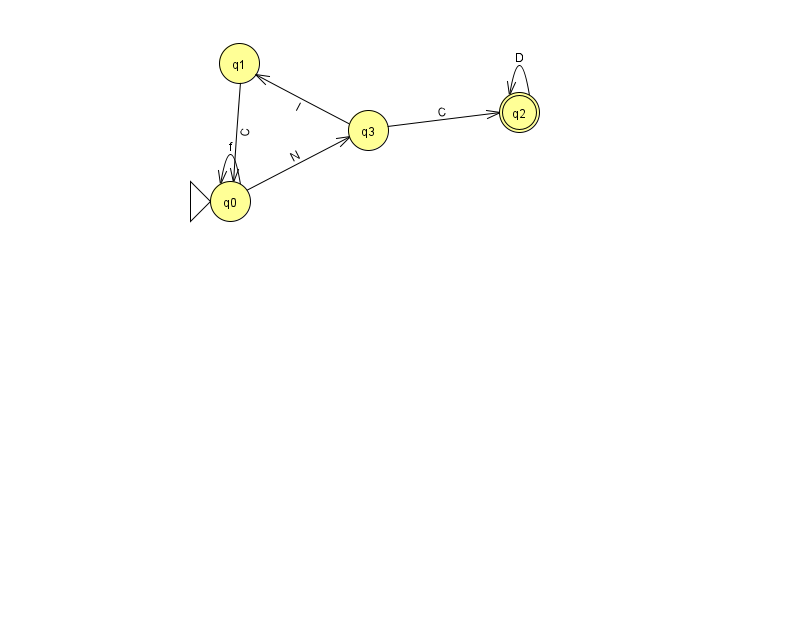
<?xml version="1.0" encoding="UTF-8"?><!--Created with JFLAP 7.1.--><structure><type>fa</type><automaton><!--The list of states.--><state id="0" name="q0"><x>230.0</x><y>188.0</y><initial/></state><state id="1" name="q1"><x>239.0</x><y>50.0</y></state><state id="2" name="q2"><x>519.0</x><y>99.0</y><final/></state><state id="3" name="q3"><x>368.0</x><y>117.0</y></state><!--The list of transitions.--><transition><from>3</from><to>1</to><read>l</read></transition><transition><from>2</from><to>2</to><read>D</read></transition><transition><from>3</from><to>2</to><read>C</read></transition><transition><from>0</from><to>0</to><read>f</read></transition><transition><from>0</from><to>3</to><read>N</read></transition><transition><from>1</from><to>0</to><read>C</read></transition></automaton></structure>